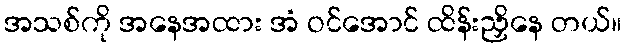
အသစ်ကို အနေအထား အံ ဝင်အောင် ထိန်းညှိနေ တယ်။